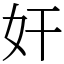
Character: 奸